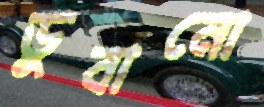
ডুবানো